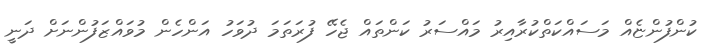
ކުންފުންޏެއް މަސައްކަތްކުރާއިރު މައްސަރު ކަންތައް ޖެހޭ ފުރަތަމަ ދުވަހު އަންހެން މުވައްޒަފުންނަށް ދަނީ